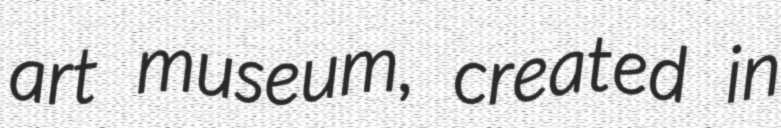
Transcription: art museum, created in